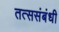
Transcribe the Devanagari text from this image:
तत्ससंबंधी